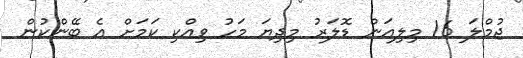
ޖުމްލަ 16 މިލިއަން ޑޮލަރު މިދިޔަ މަހު ވިއްކި ކަމަށް އެ ބޭންކުން